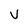
Character: V